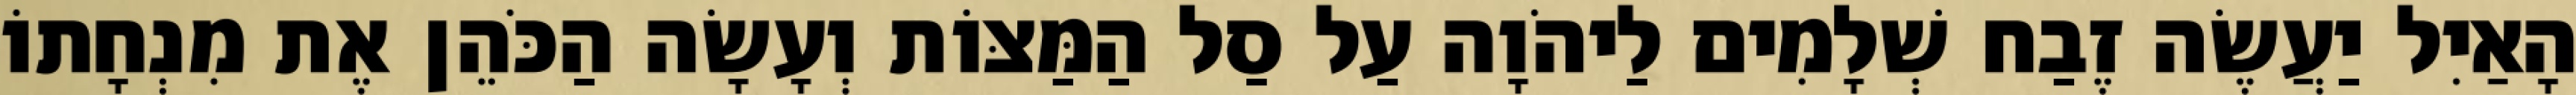
הָאַיִל יַעֲשֶׂה זֶבַח שְׁלָמִים לַיהֹוָה עַל סַל הַמַּצּוֹת וְעָשָׂה הַכֹּהֵן אֶת מִנְחָתוֹ